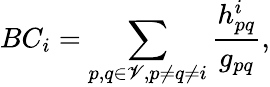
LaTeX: BC_{i}=\sum_{p,q\in\mathscr{V},p\neq q\neq i}\frac{h_{pq}^{i}}{g_{pq}},